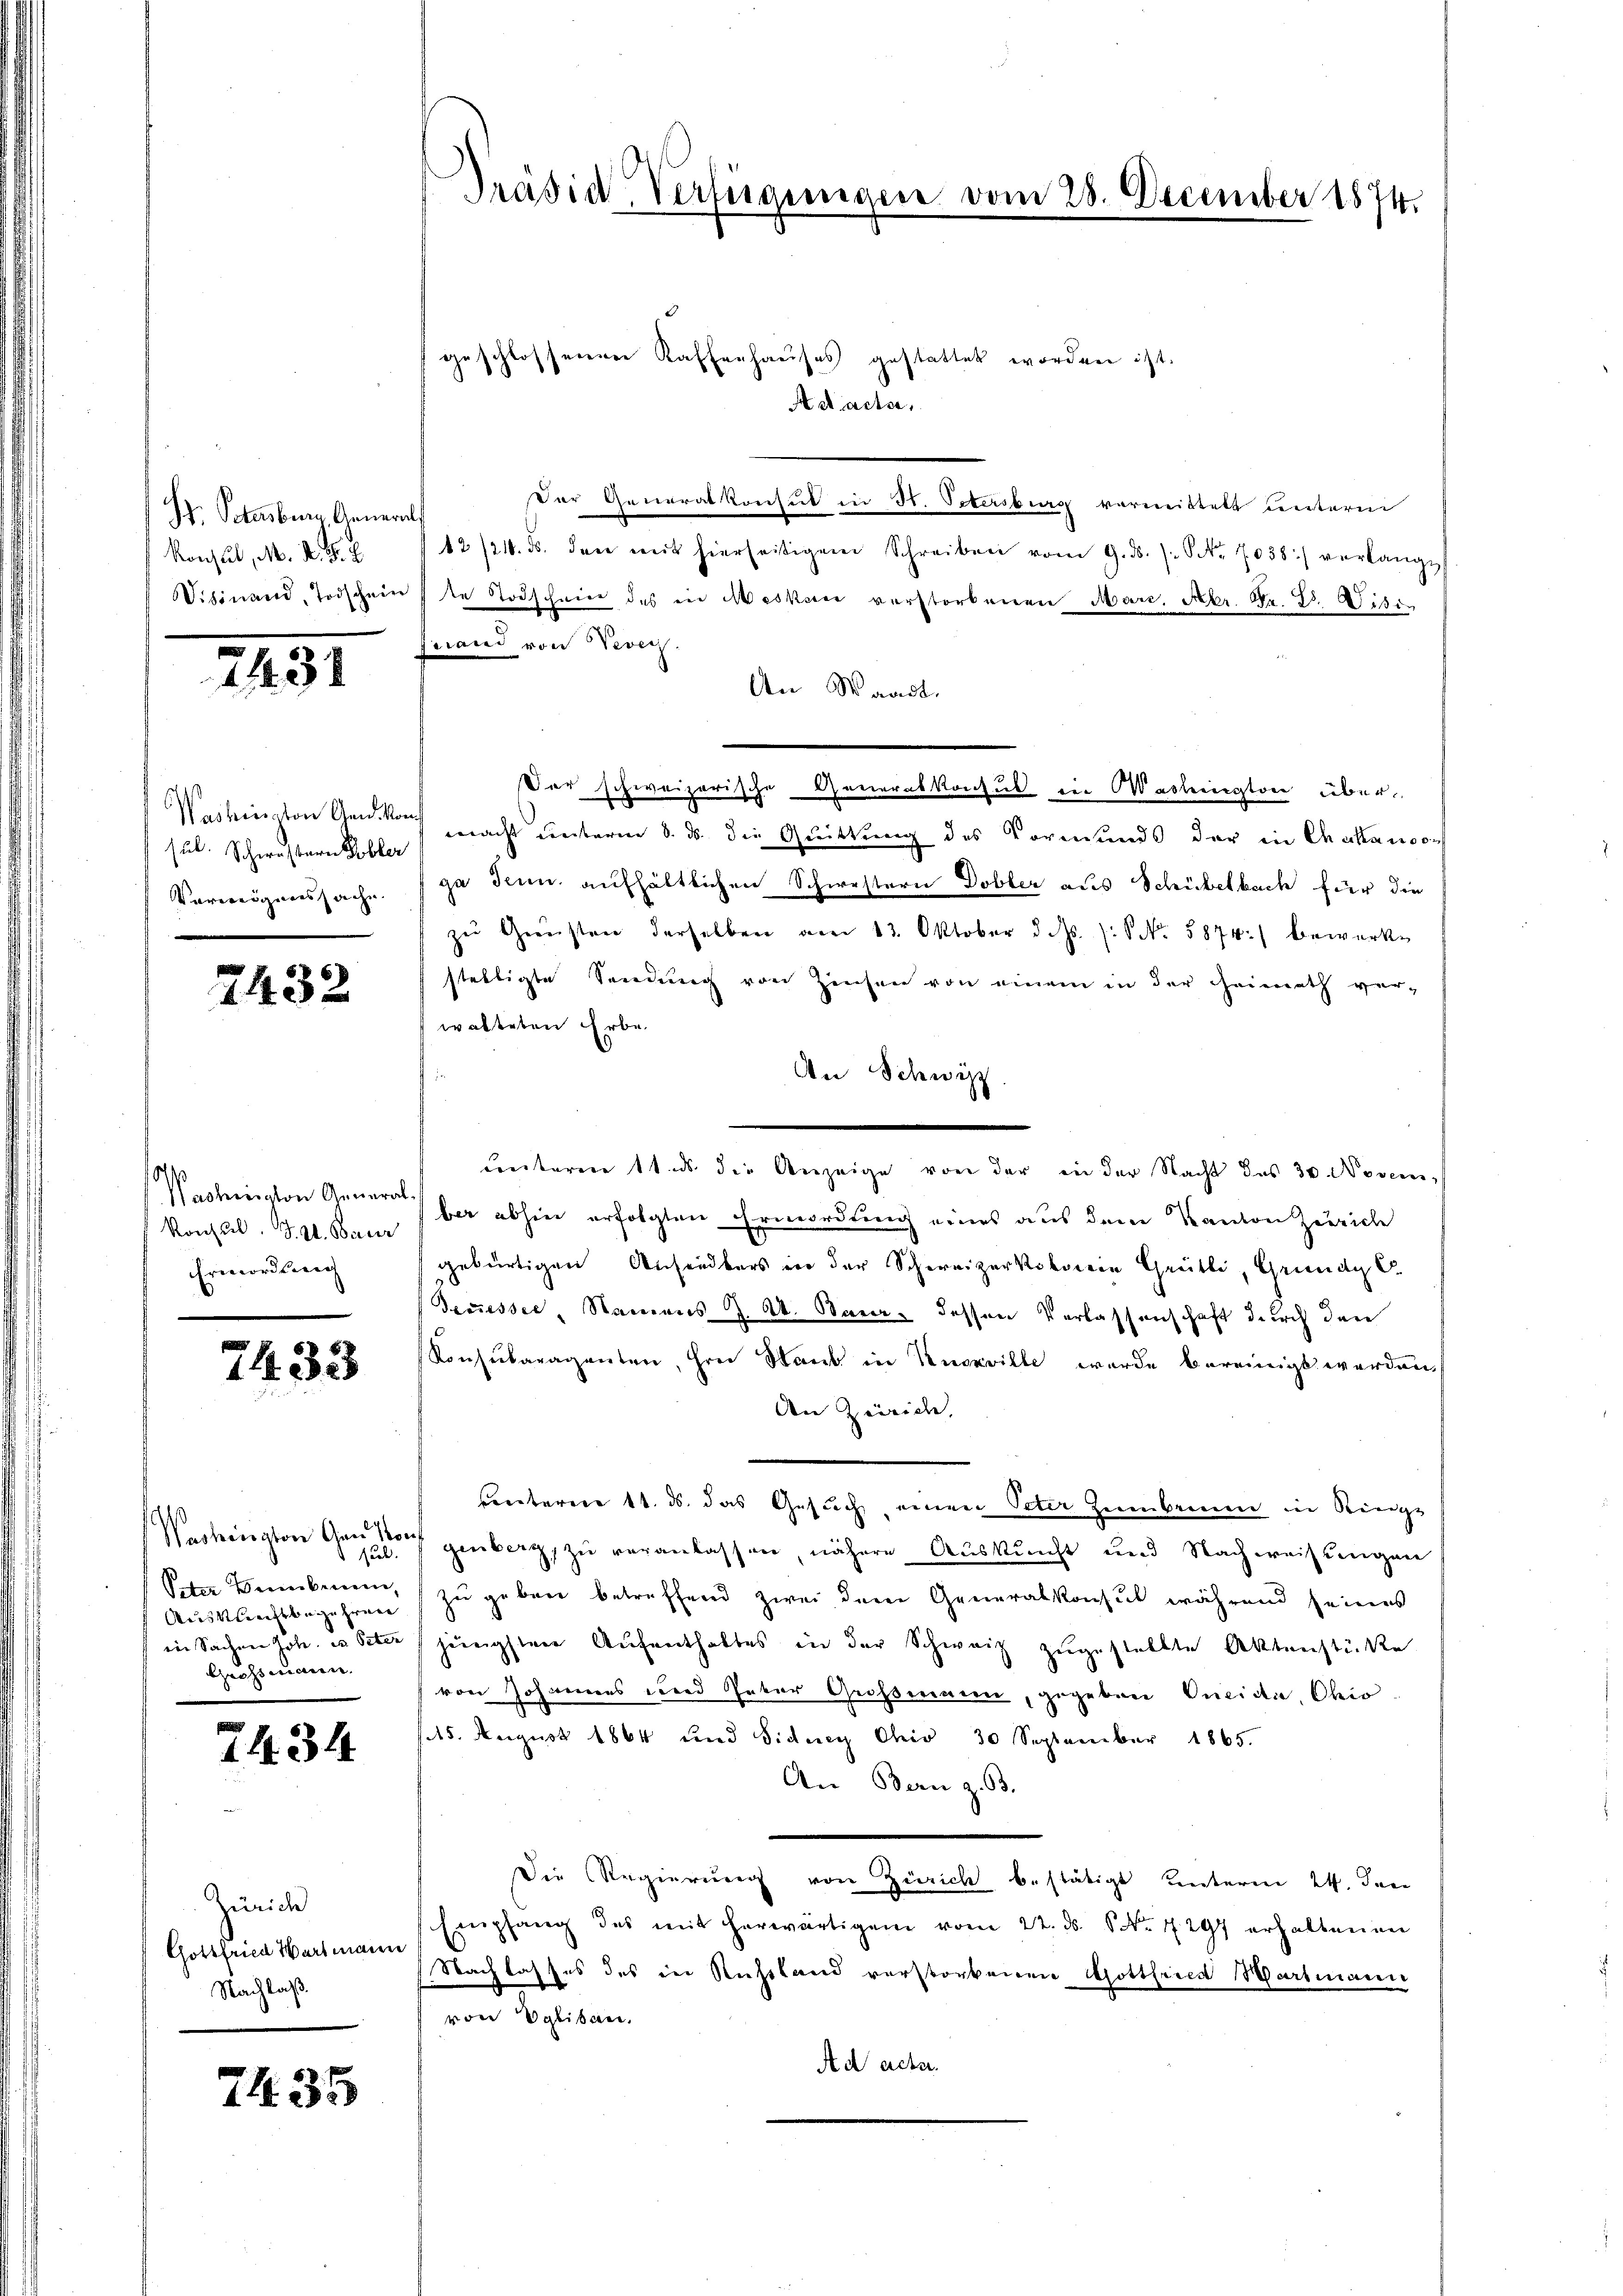
S. Petersburg, Gener
Konsul, M. R. G. B.
Visinand, Todschein

1451

sut. Schwestern Tobler
Verweigenssache

2432

Washington General-
Konsul, J. A. Bauer
Ermordung

7433

Cal.
Peter Brennbaren,
Auskunftbegehren
in Sachen Joh. in Peter
Grossmann.

74. 34

Züric
Gottfried Wartmann
Nachlaß.

7435

Präsid-Verfügungen vom 28. December 1874.

geschlossenen Kaffenhauses gestattet worden ist.
A ad acter,
Der Generalkonsul in St. Petersburg vermittete unterm
12/24. ds. den mit hierseitigem Schreiben vom 9. ds. s. S. 7038) verlange
te Todschein des in Mesken verstorbenen Mars, Febr. Fr. Dr. Wisifnand von Vevey.
An Waadt.
Das schweizerische Generalkonsul in Washington über
Washington Anna nacht unterm 8. ds. die Grüttung des Vormunds der in Calansons
ga denn aufhältlichen Schwestern Dobler aus Schübelbach für die
zŭ Giensten derselben am 13. Oktober d. Js. s. No. 5874) bewerke
stelligte Sendung von Zinsen von einem in der Heimath ver-
walteten Erbe
An Schwyz
ber abhin erfolgten Ermordung eines aus dem Kanton Zürich
gebürtigen Ansiedlers in der Schweizertoberein Grütli, Grundg C.
decesser, Namens J. A. Baier dessen Verlassenschaft durch den
Konsularaganten, ihrer Staub in Kurville wurde bereinigt werden
An Zürich,
ventaren 11. ds. das Gesuch, einen Peter Heimbauen in Ringe
Vechington Gau sorgenberg, zu veranlassen nähere Auskunft und Nachweisungen
zu geben betreffend zwei der Generalkonsul während seines
jenigsten Aufenthaltes in der Schweiz zugestellte Aktenstücke
von Johannes und Vater Großennen, gegeben Oncidi, Ohio
(15. August 1864 und Sidney Ohio 30 September 1865.
An Bern z. 3.
Die Regierung von Zürich bestätigt unterm 24. den
Empfang des mit herwärtigen vom 22. ds. No. 1297 erhaltenen
Nachlasses des in Russland verstorbenen Gottfried Wartmann
von Seiten
Ad acter.

unterm 11. ds. die Anzeige von der in der Nacht des 30. Novem¬